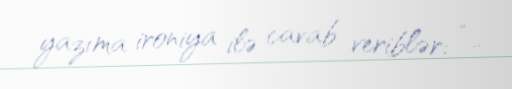
yazıma ironiya ilə cavab veriblər: “..